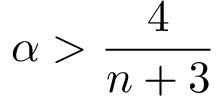
\alpha > \frac { 4 } { n + 3 }